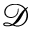
\mathcal { D }